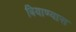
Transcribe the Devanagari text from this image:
बियाण्यास